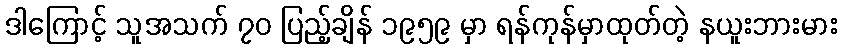
ဒါကြောင့် သူအသက် ၇၀ ပြည့်ချိန် ၁၉၅၉ မှာ ရန်ကုန်မှာထုတ်တဲ့ နယူးဘားမား